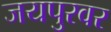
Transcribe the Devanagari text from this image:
जयपुरवर